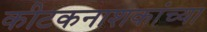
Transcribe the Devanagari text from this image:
कीटकनाशकांच्या